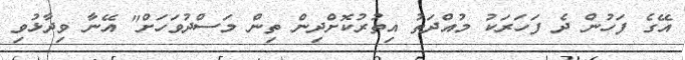
އޭގެ ފަހުން ދެ ފަހަރަކު މުއްދަތު އިތުރުކޮށްދިން ތިން މަސްދުވަހަށް" އޭނާ ވިދާޅުވި